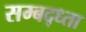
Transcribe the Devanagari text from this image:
सम्बद्ध्ता